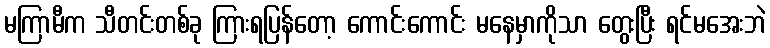
မကြာမီက သီတင်းတစ်ခု ကြားရပြန်တော့ ကောင်းကောင်း မနေမှာကိုသာ တွေးပြီး ရင်မအေးဘဲ